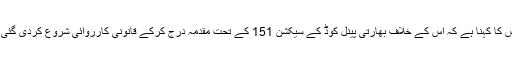
پولیس کا کہنا ہے کہ اس کے خلاف بھارتی پینل کوڈ کے سیکشن 151 کے تحت مقدمہ درج کرکے قانونی کارروائی شروع کردی گئی ہے۔